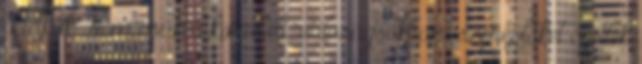
a lelkük Nem csak a korabeli "valóságsókban" szereplőket égették